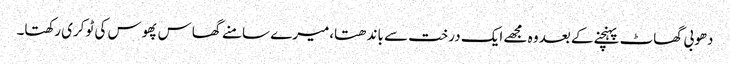
دھوبی گھاٹ پہنچنے کے بعد وہ مجھے ایک درخت سے باندھتا،میرے سامنے گھاس پھوس کی ٹوکری رکھتا۔